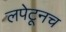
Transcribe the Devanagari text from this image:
लपेटूनच